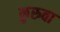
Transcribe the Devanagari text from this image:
कुरुवा